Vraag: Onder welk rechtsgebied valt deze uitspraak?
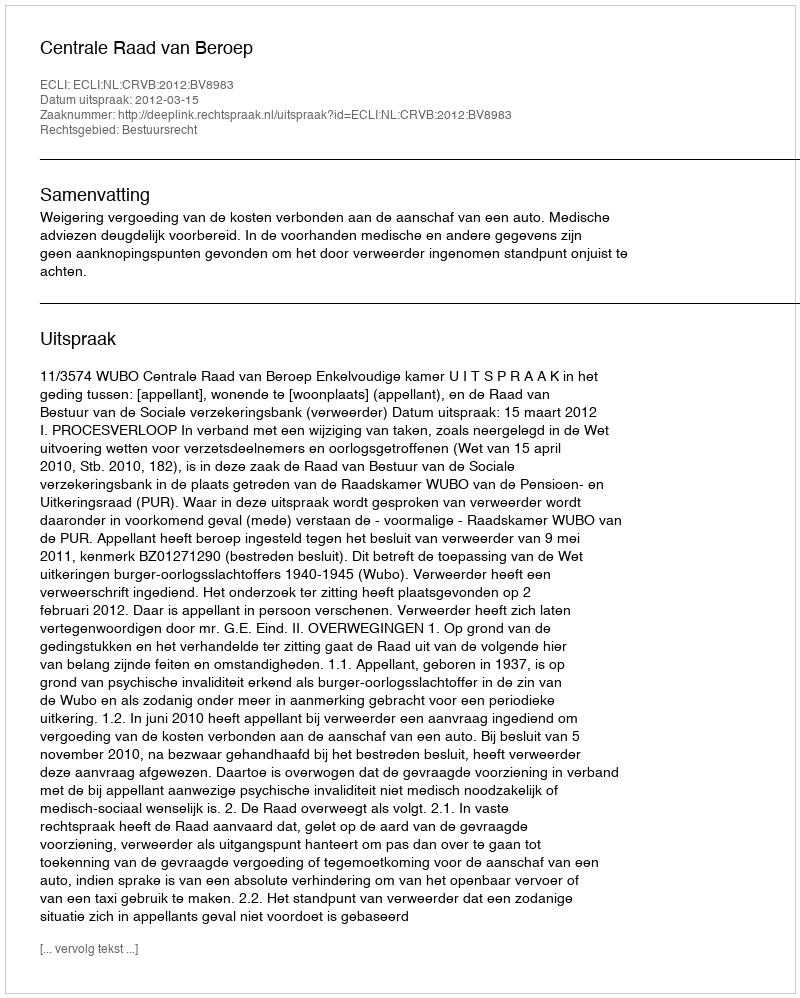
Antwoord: Bestuursrecht